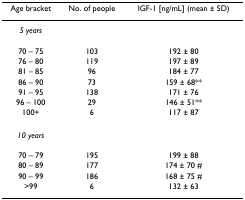
<table><thead><tr><td><b>Age bracket</b></td><td><b>No. of people</b></td><td><b>IGF-1 [ng/mL] (mean ± SD)</b></td></tr></thead><tbody><tr><td><i>5 years</i></td><td></td><td></td></tr><tr><td>70 – 75</td><td>103</td><td>192 ± 80</td></tr><tr><td>76 – 80</td><td>119</td><td>197 ± 89</td></tr><tr><td>81 – 85</td><td>96</td><td>184 ± 77</td></tr><tr><td>86 – 90</td><td>73</td><td>159 ± 68**</td></tr><tr><td>91 – 95</td><td>138</td><td>171 ± 76</td></tr><tr><td>96 – 100</td><td>29</td><td>146 ± 51**</td></tr><tr><td>100+</td><td>6</td><td>117 ± 87</td></tr><tr><td><i>10 years</i></td><td></td><td></td></tr><tr><td>70 – 79</td><td>195</td><td>199 ± 88</td></tr><tr><td>80 – 89</td><td>177</td><td>174 ± 70 #</td></tr><tr><td>90 – 99</td><td>186</td><td>168 ± 75 #</td></tr><tr><td>&gt;99</td><td>6</td><td>132 ± 63</td></tr></tbody></table>